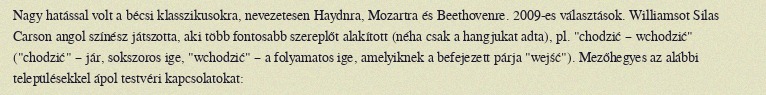
Nagy hatással volt a bécsi klasszikusokra, nevezetesen Haydnra, Mozartra és Beethovenre. 2009-es választások. Williamsot Silas Carson angol színész játszotta, aki több fontosabb szereplőt alakított (néha csak a hangjukat adta), pl. "chodzić – wchodzić" ("chodzić" – jár, sokszoros ige, "wchodzić" – a folyamatos ige, amelyiknek a befejezett párja "wejść"). Mezőhegyes az alábbi településekkel ápol testvéri kapcsolatokat: